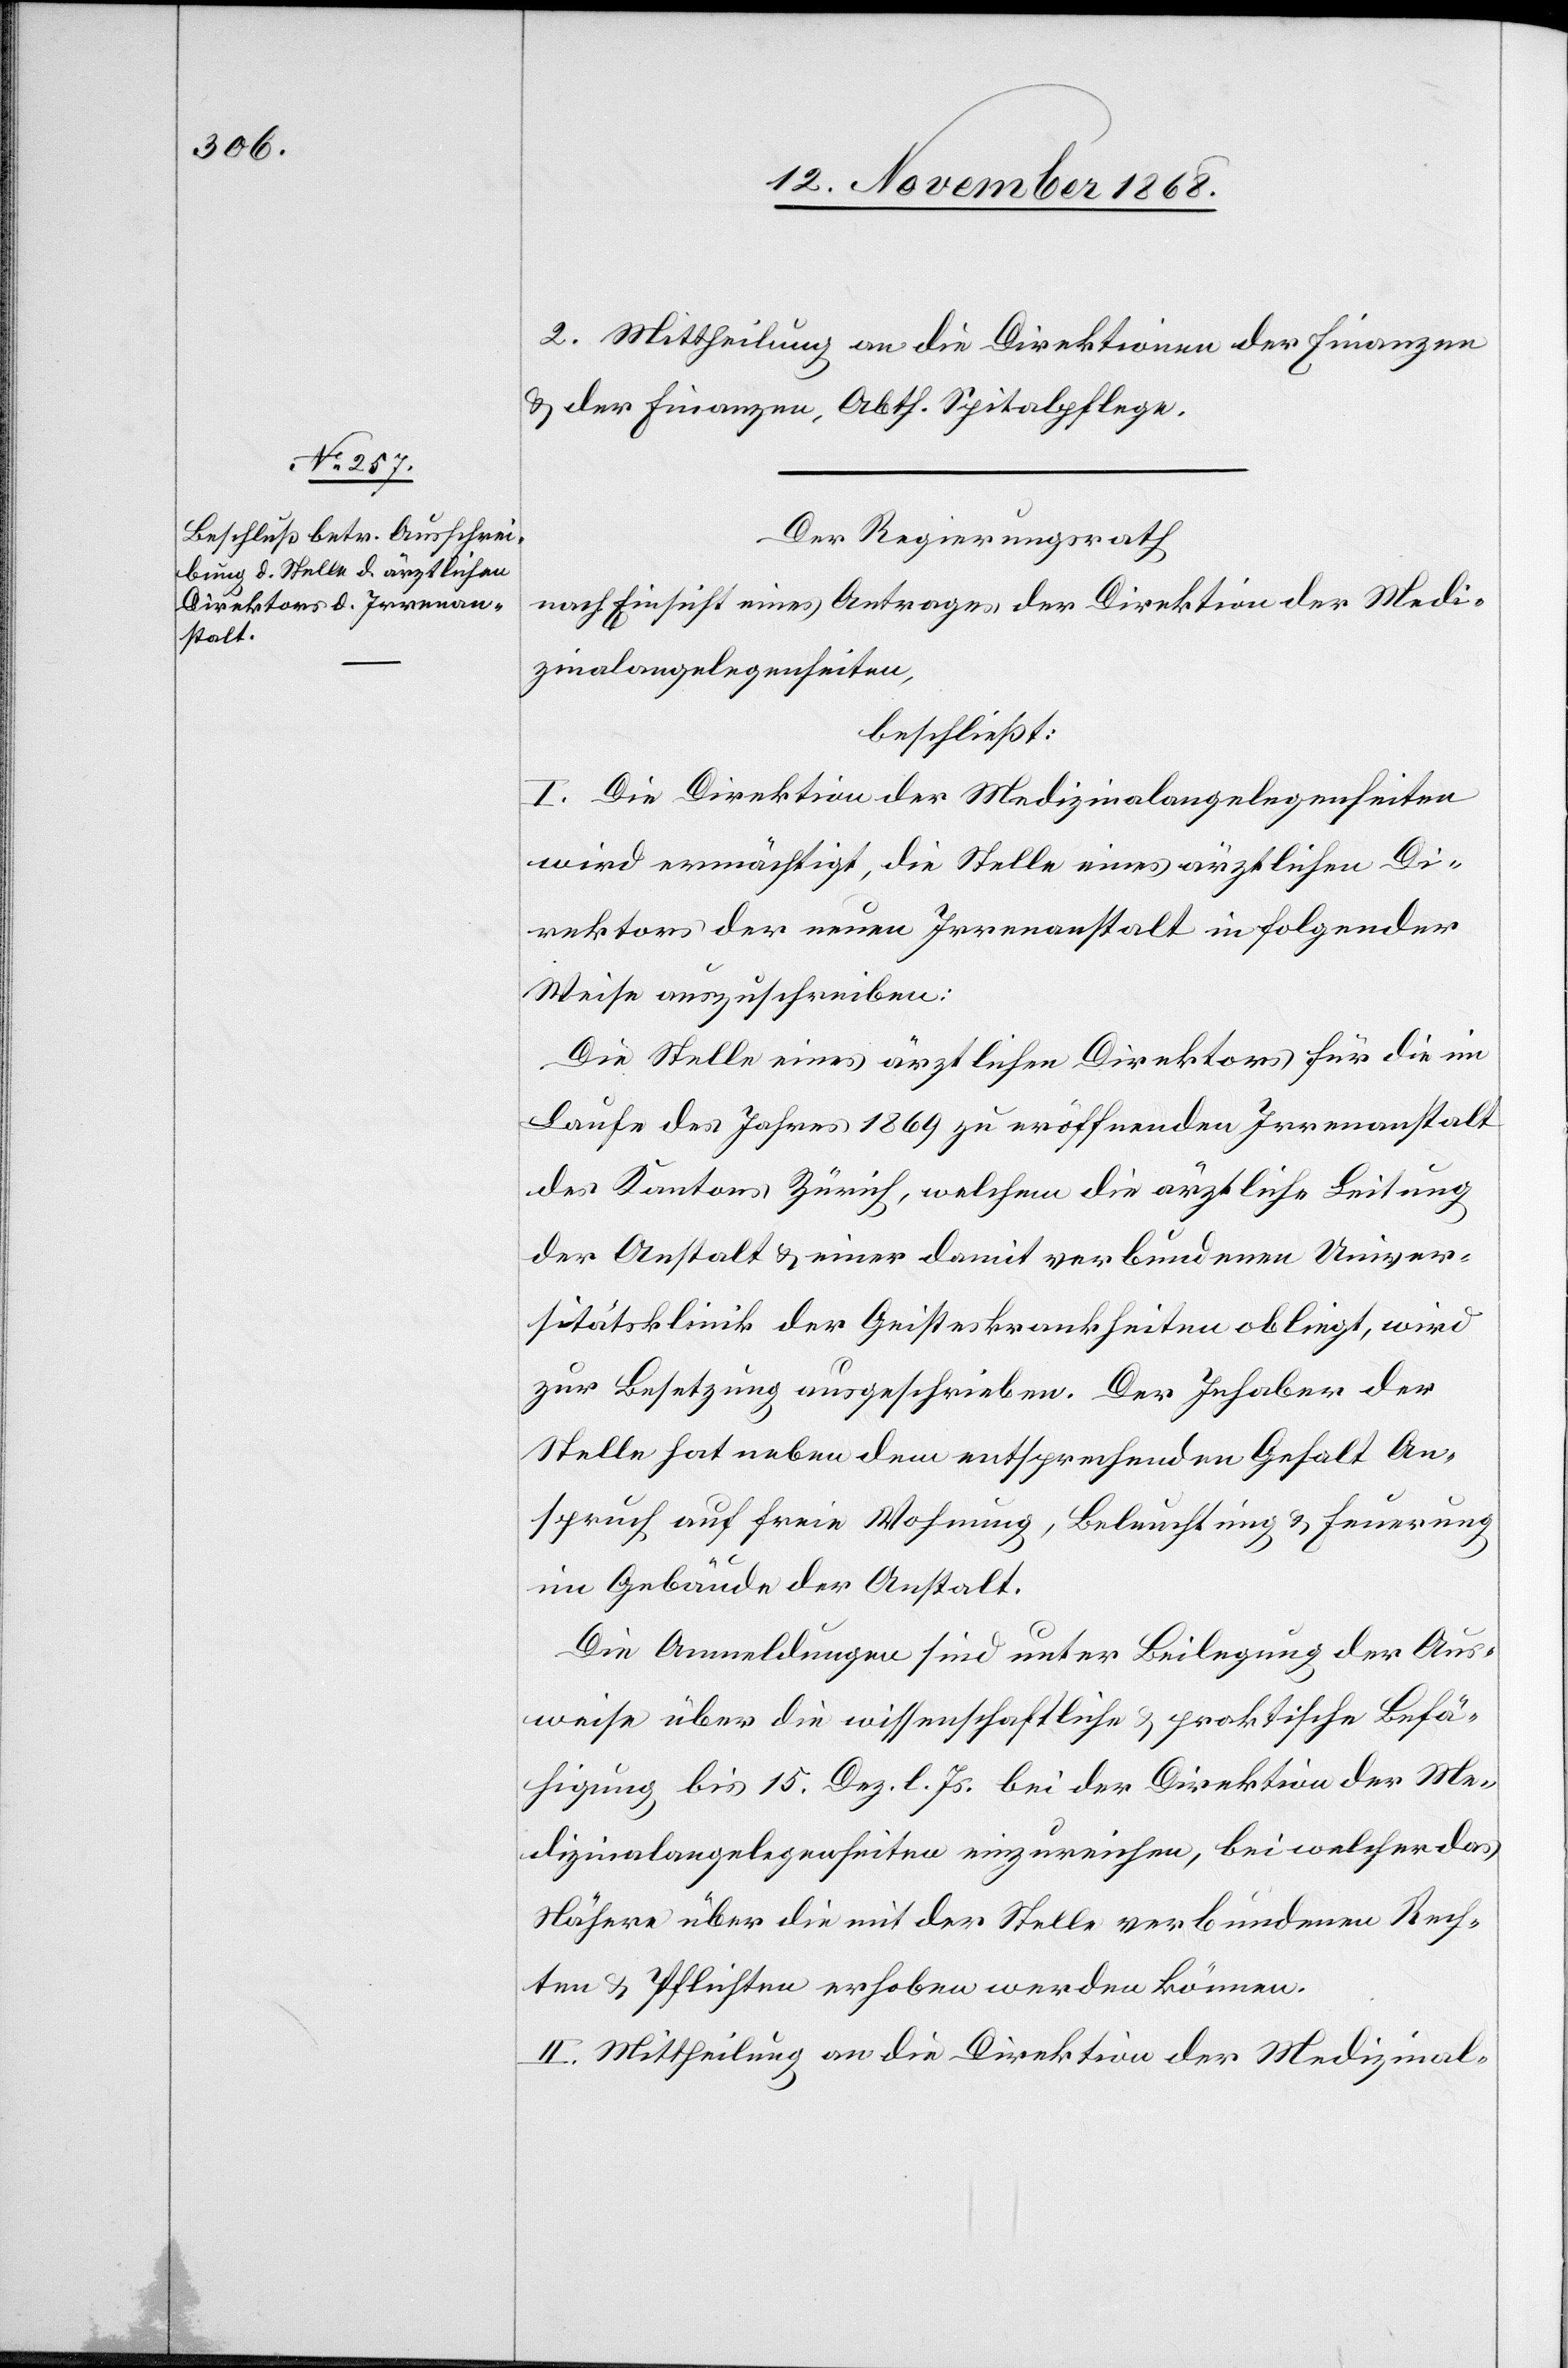
2. Mittheilung an die Direktionen der Finanzen
& der Finanzen, Abth. Spitalpflege.
Der Regierungsrath
nach Einsicht eines Antrages der Direktion der Medi¬
zinalangelegenheiten,
beschließt:
I. Die Direktion der Medizinalangelegenheiten
wird ermächtigt, die Stelle eines ärztlichen Di¬
rektors der neuen Irrenanstalt in folgender
Weise auszuschreiben:
Die Stelle eines ärztlichen Direktors für die im
Laufe des Jahres 1869 zu eröffnenden Irrenanstalt
des Kantons Zürich, welchem die ärztliche Leitung
der Anstalt & einer damit verbundenen Univer¬
sitätsklinik der Geisteskrankheiten obliegt, wird
zur Besetzung ausgeschrieben. Der Inhaber der
Stelle hat neben dem entsprechenden Gehalt An¬
spruch auf freie Wohnung, Beleuchtung & Feuerung
im Gebäude der Anstalt.
Die Anmeldungen sind unter Beilegung der Aus¬
weise über die wissenschaftliche & praktische Befä¬
higung bis 15. Dez. l. Js. bei der Direktion der Me¬
dizinalangelegenheiten einzureichen, bei welcher das
Nähere über die mit der Stelle verbundenen Rech¬
ten & Pflichten erhoben werden können.
II. Mittheilung an die Direktion der Medizinal-